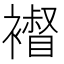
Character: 𧝴